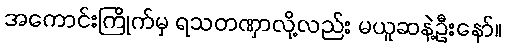
အကောင်းကြိုက်မှ ရသတဏှာလို့လည်း မယူဆနဲ့ဦးနော်။